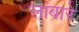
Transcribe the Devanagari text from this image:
लांबारे